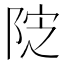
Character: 𱀔